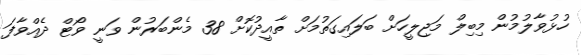
ހުޅުވާލުމުން މިބިލް މަޖިލީހަށް ބަލައިގަތުމަށް ތާއީދުކޮށް 38 މެންބަރުން ވަނީ ވޯޓް ދެއްވާފަ